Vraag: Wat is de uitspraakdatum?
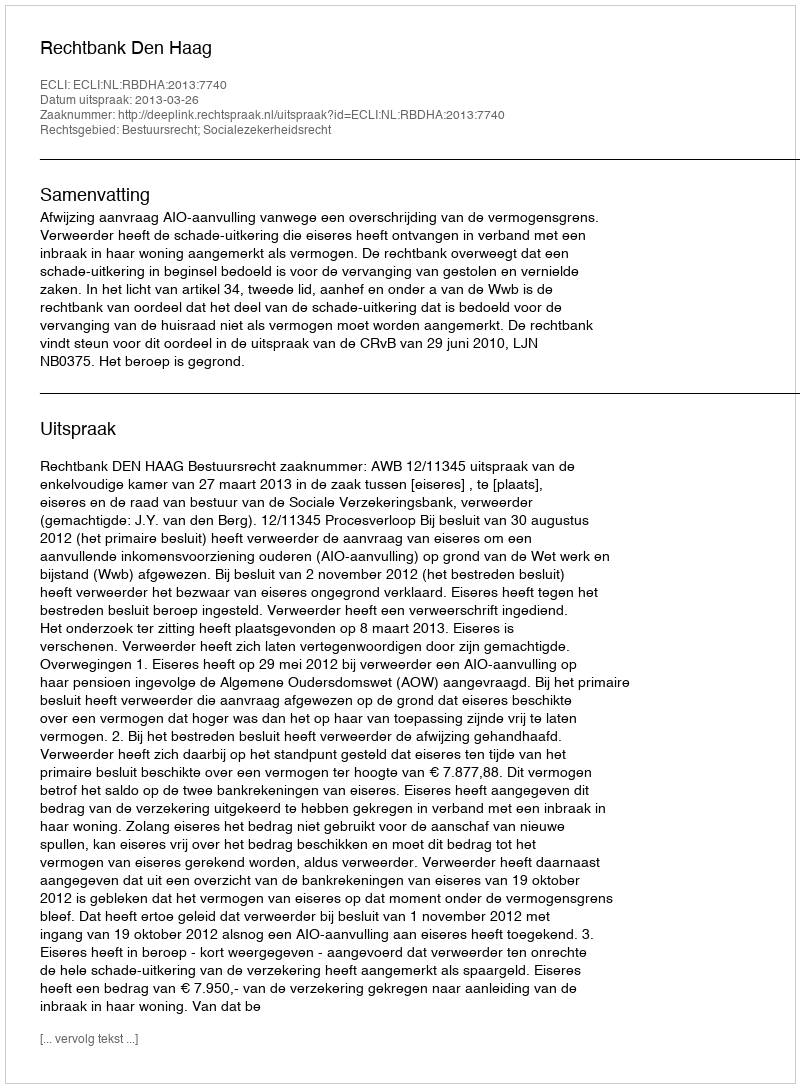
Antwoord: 2013-03-26